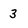
Character: 3